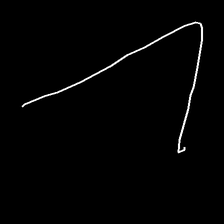
Glyph: region